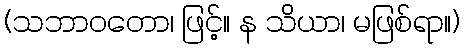
(သဘာဝတော၊ ဖြင့်။ န သိယာ၊ မဖြစ်ရာ။)